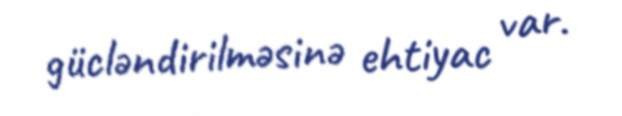
gücləndirilməsinə ehtiyac var.